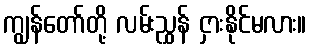
ကျွန်တော်တို့ လမ်းညွှန် ငှားနိုင်မလား။